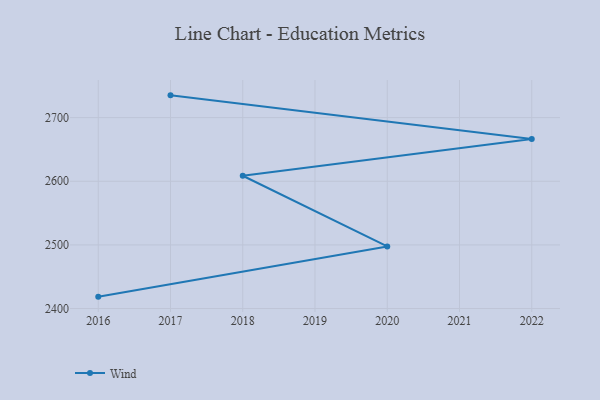
{"axis": {"x": "Year", "y": "Active Users"}, "legend": ["Wind"], "data": [{"x": "2016", "y": 2418.7, "type": "Wind"}, {"x": "2020", "y": 2497.6, "type": "Wind"}, {"x": "2018", "y": 2608.7, "type": "Wind"}, {"x": "2022", "y": 2666.4, "type": "Wind"}, {"x": "2017", "y": 2735.0, "type": "Wind"}]}